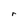
Character: r